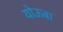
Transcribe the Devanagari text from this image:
योऊबा